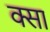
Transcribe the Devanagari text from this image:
क्सा